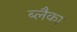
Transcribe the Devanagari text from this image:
ब्लैका